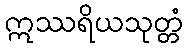
ဣဿရိယသုတ္တံ